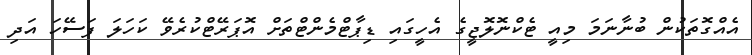
އެއްގޮތަކުން ބުނާނަމަ މިއީ ޓެކްނޮލޮޖީގެ އެހީގައި ޑިޕާޓްމެންޓްތަށް އޮޕަރޭޓްކުރެވޭ ކަހަލަ ފަސޭހަ އަދި